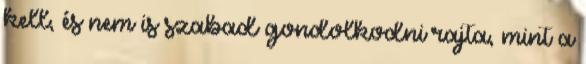
kell, és nem is szabad gondolkodni rajta, mint a